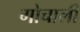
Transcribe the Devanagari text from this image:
गोचाली